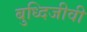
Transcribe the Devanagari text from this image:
बुध्दिजीवी